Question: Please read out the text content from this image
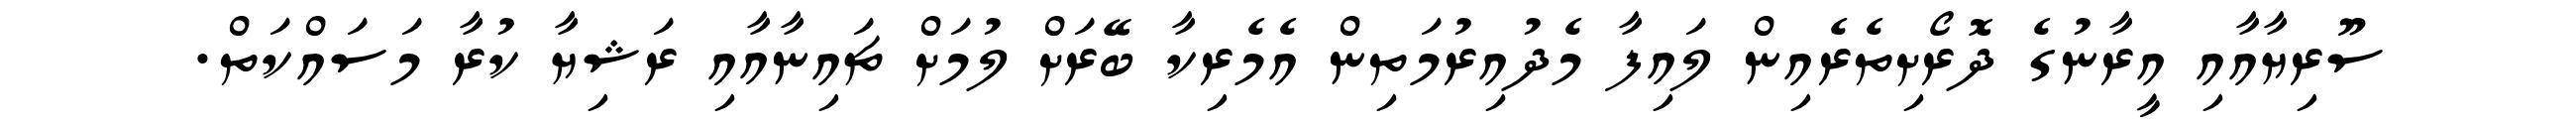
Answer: ސޫރިޔާއާއި އީރާނުގެ ދޮރޯށިތެރެއިން ލައިފާ މެދުއިރުމަތިން އެމެރިކާ ބޭރަށް ލުމަށް ޗައިނާއާއި ރަޝިޔާ ކުރާ މަސައްކަތް.